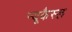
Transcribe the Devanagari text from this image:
न्यूकैस्ल